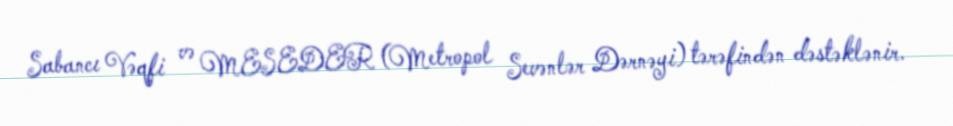
Sabancı Vəqfi və MESEDER (Metropol Sevənlər Dərnəyi) tərəfindən dəstəklənir.